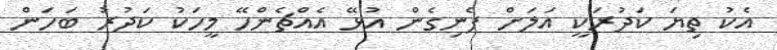
އެކު ތިޔަ ކަދުރަކީ އަލަށް ފެނިގެން އުޅޭ އެއްޗެންހޭ މީހަކު ކަދުރު ބަހަން